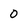
Character: 0